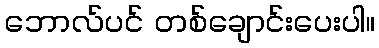
ဘောလ်ပင် တစ်ချောင်းပေးပါ။